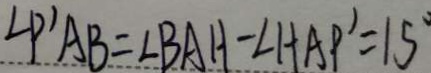
\angle P ^ { \prime } A B = \angle B A H - \angle H A P ^ { \prime } = 1 5 ^ { \circ }